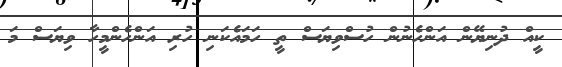
ކީއް ދުނިޔޭން އަންހެނުން ހުސްވިޔަސް ތީ ހަމައެކަނި ހުރި އަންހެންމީހާ ވިޔަސް މަ